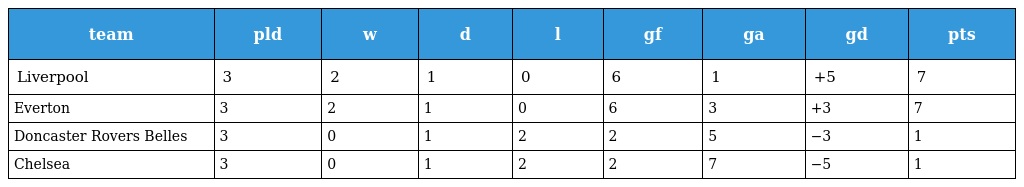
| team | pld | w | d | l | gf | ga | gd | pts |
 | --- | --- | --- | --- | --- | --- | --- | --- | --- |
 | Liverpool | 3 | 2 | 1 | 0 | 6 | 1 | +5 | 7 |
 | Everton | 3 | 2 | 1 | 0 | 6 | 3 | +3 | 7 |
 | Doncaster Rovers Belles | 3 | 0 | 1 | 2 | 2 | 5 | −3 | 1 |
 | Chelsea | 3 | 0 | 1 | 2 | 2 | 7 | −5 | 1 |